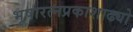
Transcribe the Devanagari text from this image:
भूषारत्नप्रकाशाढ्यो